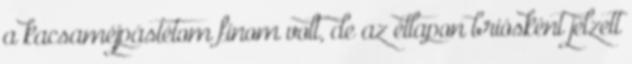
a kacsaméjpástétom finom volt, de az étlapon briósként jelzett